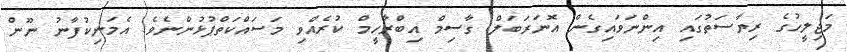
މަޖިލީހުގެ ރިޔާސަތުގައި އިންނަވައިގެން އޮނަރަބަލް ގާސިމް އިބްރާހީމް ކުރެއްވި މަސައްކަތްޕުޅުންނެވެ. އެމަނިކުފާނު ނޫން